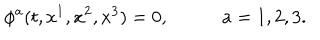
\phi ^ { a } ( t , x ^ { 1 } , x ^ { 2 } , x ^ { 3 } ) = 0 , \, \, \, \, \, \, \, \, \, \, \, \, \, \, \, \, \, a = 1 , 2 , 3 .